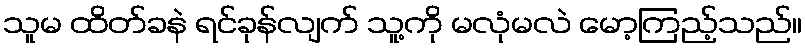
သူမ ထိတ်ခနဲ ရင်ခုန်လျက် သူ့ကို မလုံမလဲ မော့ကြည့်သည်။